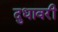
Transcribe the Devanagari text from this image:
दुधावरी